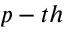
p - t h